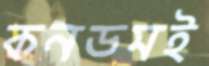
কনডমই